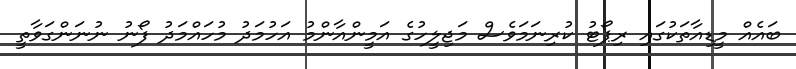
ބައެއް މީޑިއާތަކުގައި ރިޕޯޓު ކުރިނަމަވެސް މަޖިލީހުގެ އަމީންއާންމު އަހުމަދު މުހައްމަދު ފޯނު ނުނަންގަވާތީ